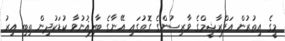
މީގެެ އިތުރުން އަފްރާޝީމްގެ ވާރިސުންގެ ގޮތުގައި އޭނާގެ ބާލިޣުނުވާ ކުޑަކުދިން ތިބި އިރު